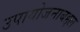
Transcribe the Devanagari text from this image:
उपायोजनाबद्दल